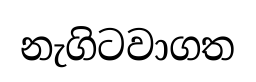
නැගිටවාගත